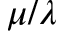
\mu / \lambda